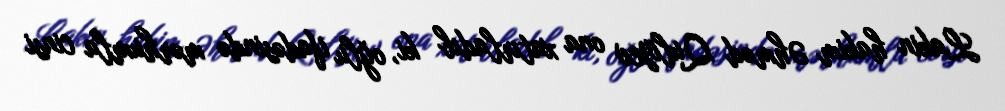
Lakin hakim Əhməd Quliyev ona xatırladıb ki, oğlu ifadəsində mərhumla cinsi